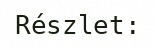
Részlet: